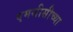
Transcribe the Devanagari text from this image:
एमसीसीच्या